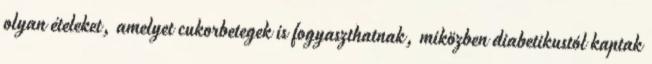
olyan ételeket, amelyet cukorbetegek is fogyaszthatnak, miközben diabetikustól kaptak